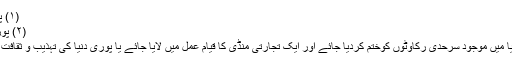
(۱) پوری دنیا میں ایک تجارتی منڈی کا قیام
(۲) پوری دنیا میں صرف ایک تہذیب کاو جود
گویا گلوبلائزیشن کا مطلب یہ ہے کہ دنیا میں موجود سرحدی رکاوٹوں کوختم کردیا جائے اور ایک تجارتی منڈی کا قیام عمل میں لایا جائے یا پوری دنیا کی تہذیب و ثقافت کو ایک ہی سانچے میں ڈھال دیا جائے۔